Indian journal of veterinary science and animal husbandry - Volume 12,
Year: 1942
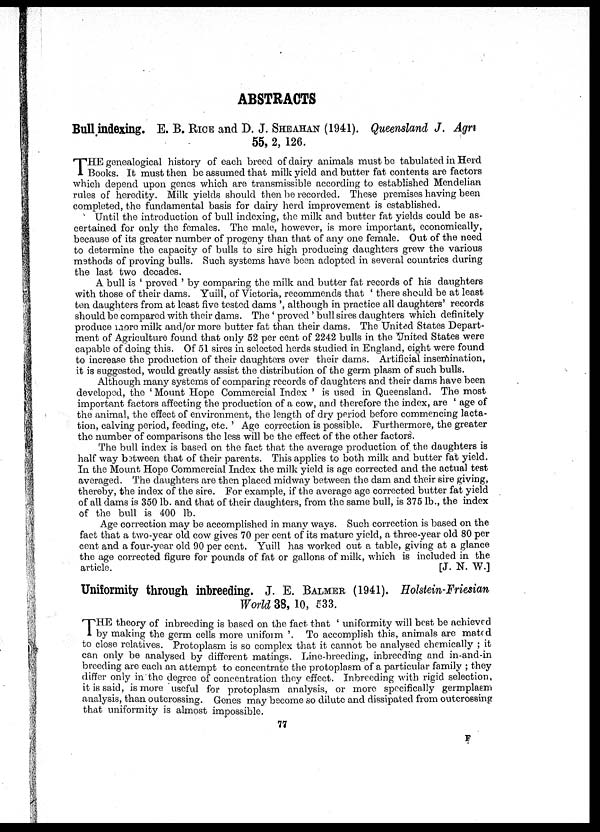
ABSTRACTS
Bull indexing. E. B. RICE and D. J. SHEAHAN (1941). Queensland J. Agri
55, 2, 126.
T HE genealogical history of each breed of dairy animals must be tabulated in Herd
Books. It must then be assumed that milk yield and butter fat contents are factors
which depend upon genes which are transmissible according to established Mendelian
rules of heredity. Milk yields should then be recorded. These premises having been
completed, the fundamental basis for dairy herd improvement is established.
Until the introduction of bull indexing, the milk and butter fat yields could be as-
certained for only the females. The male, however, is more important, economically,
because of its greater number of progeny than that of any one female. Out of the need
to determine the capacity of bulls to sire high producing daughters grew the various
methods of proving bulls. Such systems have been adopted in several countries during
the last two decades.
A bull is ' proved ' by comparing the milk and butter fat records of his daughters
with those of their dams. Yuill, of Victoria, recommends that ' there should be at least
ten daughters from at least five tested dams ', although in practice all daughters' records
should be compared with their dams. The ' proved ' bull sires daughters which definitely
produce more milk and/or more butter fat than their dams. The United States Depart-
ment of Agriculture found that only 52 per cent of 2242 bulls in the United States were
capable of doing this. Of 51 sires in selected herds studied in England, eight were found
to increase the production of their daughters over their dams. Artificial insemination,
it is suggested, would greatly assist the distribution of the germ plasm of such bulls.
Although many systems of comparing records of daughters and their dams have been
developed, the 'Mount Hope Commercial Index ' is used in Queensland. The most
important factors affecting the production of a cow, and therefore the index, are ' age of
the animal, the effect of environment, the length of dry period before commencing lacta-
tion, calving period, feeding, etc. ' Age correction is possible. Furthermore, the greater
the number of comparisons the less will be the effect of the other factors.
The bull index is based on the fact that the average production of, the daughters is
half way between that of their parents. This applies to both milk and butter fat yield.
In the Mount Hope Commercial Index the milk yield is age corrected and the actual test
averaged. The daughters are then placed midway between the dam and their sire giving,
thereby, the index of the sire. For example, if the average age corrected butter fat yield
of all dams is 350 lb. and that of their daughters, from the same bull, is 375 lb., the index
of the bull is 400 lb.
Age correction may be accomplished in many ways. Such correction is based on the
fact that a two-year old cow gives 70 per cent of its mature yield, a three-year old 80 per
cent and a four-year old 90 per cent. Yuill has worked out a table, giving at a glance
the age corrected figure for pounds of fat or gallons of milk, which is included in the
article.
[J. N. W.]
Uniformity through inbreeding. J. E. BALMER (1941). Holstein-Friesian
World 38, 10, 533.
THE theory of inbreeding is based on the fact that ' uniformity will best be achieved
by making the germ cells more uniform '. To accomplish this, animals are mated
to close relatives. Protoplasm is so complex that it cannot be analysed chemically ; it
can only be analysed by different matings. Line-breeding, inbreeding and in-and-in
breeding are each an attempt to concentrate the protoplasm of a particular family ; they
differ only in the degree of concentration they effect. Inbreeding with rigid selection,
it is said, is more useful for protoplasm analysis, or more specifically germplasm
analysis, than outcrossing. Gones may become so dilute and dissipated from outcrossing
that uniformity is almost impossible.
77
F